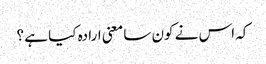
کہ اس نے کون سا معنی ارادہ کیا ہے ؟